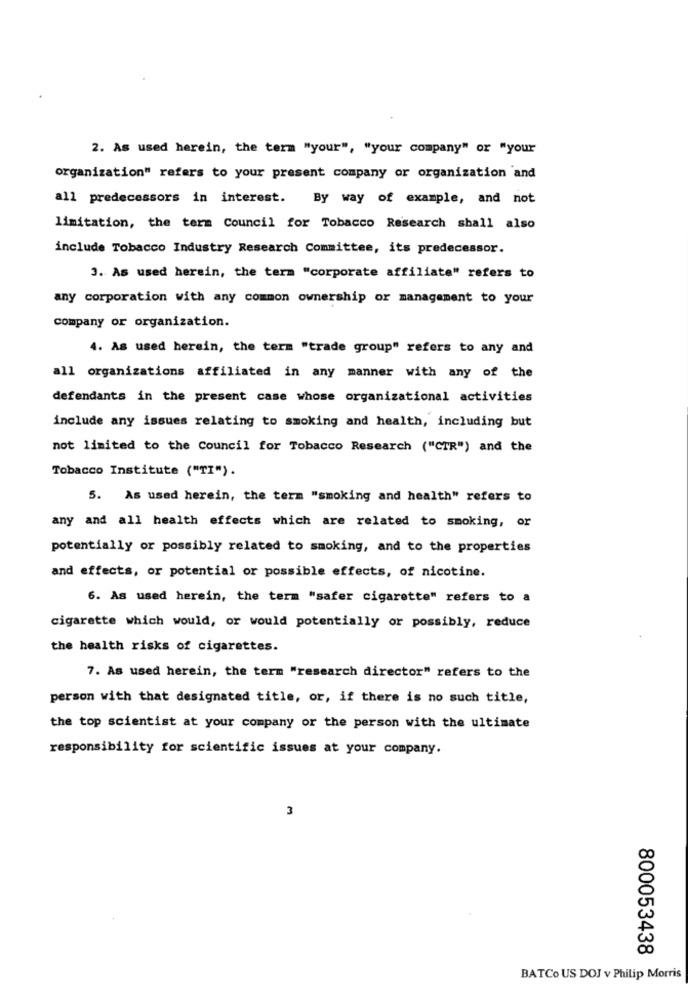
2. As used herein, the term "your", "your company" or "your
organization" refers to your present company or organization and
all predecessors in interest. By way of example, and not
limitation, the term Council for Tobacco Research shall also
include Tobacco Industry Research Committee, its predecessor.
3. As used herein, the term "corporate affiliate" refers to
any corporation with any common ownership or management to your
company or organization.
4. As used herein, the term "trade group" refers to any and
all organizations affiliated in any manner with any of the
defendants in the present case whose organizational activities
include any issues relating to smoking and health, including but
not limited to the Council for Tobacco Research ("CTR") and the
Tobacco Institute ("TI").
5. As used herein, the term "smoking and health" refers to
any and all health effects which are related to smoking, or
potentially or possibly related to smoking, and to the properties
and effects, or potential or possible effects, of nicotine.
6. As used herein, the term "safer cigarette" refers to a
cigarette which would, or would potentially or possibly, reduce
the health risks of cigarettes.
7. As used herein, the term "research director" refers to the
person with that designated title, or, if there is no such title,
the top scientist at your company or the person with the ultimate
responsibility for scientific issues at your company.
3
800053438
BATCo US DOJ v Philip Morris